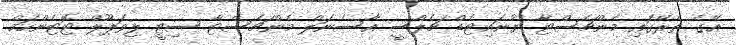
އޭގެ ތެރޭގައި މެންޗެސްޓާ ޔުނައިޓެޑް ޗެލްސީ އާސެނަލް މެންޗެސްޓާ ސިޓީ ލިވަޕޫލް ޓޮޓެންހަމް